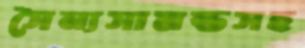
সৈন্যসামন্তসহ